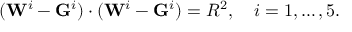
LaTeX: ( \mathbf { W } ^ { i } - \mathbf { G } ^ { i } ) \cdot ( \mathbf { W } ^ { i } - \mathbf { G } ^ { i } ) = R ^ { 2 } , \quad i = 1 , \ldots , 5 .